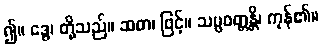
၍။ ဒွေ၊ တို့သည်။ ဆဓာ၊ ဖြင့်။ သမ္ပဝတ္တန္တိ၊ ကုန်၏။